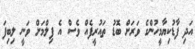
އަދި ފާޑުކިޔާމީހުންގެ ވަރަށް ބޮޑު ތައުރީފެއް ވެސް އެ ފިލްމަށް ވަނީ ލިބިފަ